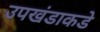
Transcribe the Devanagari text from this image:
उपखंडाकडे